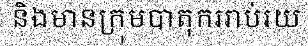
និងមានក្រុមបាតុកររាប់រយ